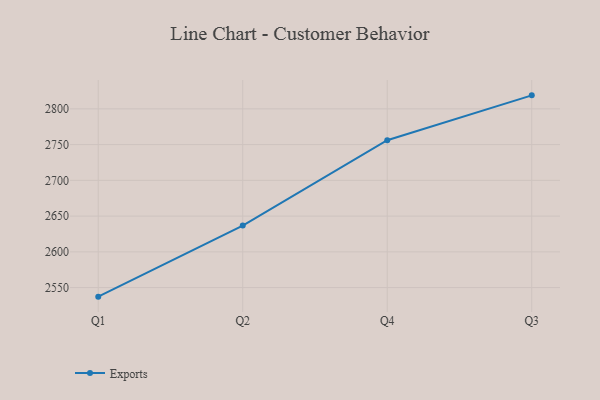
{"axis": {"x": "Quarter", "y": "Shipments"}, "legend": ["Exports"], "data": [{"x": "Q1", "y": 2537.3, "type": "Exports"}, {"x": "Q2", "y": 2636.7, "type": "Exports"}, {"x": "Q4", "y": 2756.2, "type": "Exports"}, {"x": "Q3", "y": 2818.9, "type": "Exports"}]}